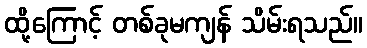
ထို့ကြောင့် တစ်ခုမကျန် သိမ်းရသည်။